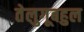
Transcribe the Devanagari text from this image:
तेलुगूबहुल